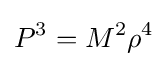
P^{3}=M^{2}\rho ^{4}